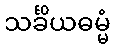
သင်္ခိယဓမ္မံ